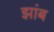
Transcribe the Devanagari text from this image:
झांब